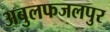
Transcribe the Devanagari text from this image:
अबुलफजलपुर